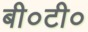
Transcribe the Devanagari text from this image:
बी०टी०